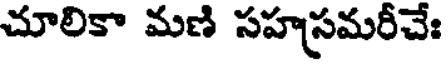
చూలికా మణి సహస్రమరీచేః